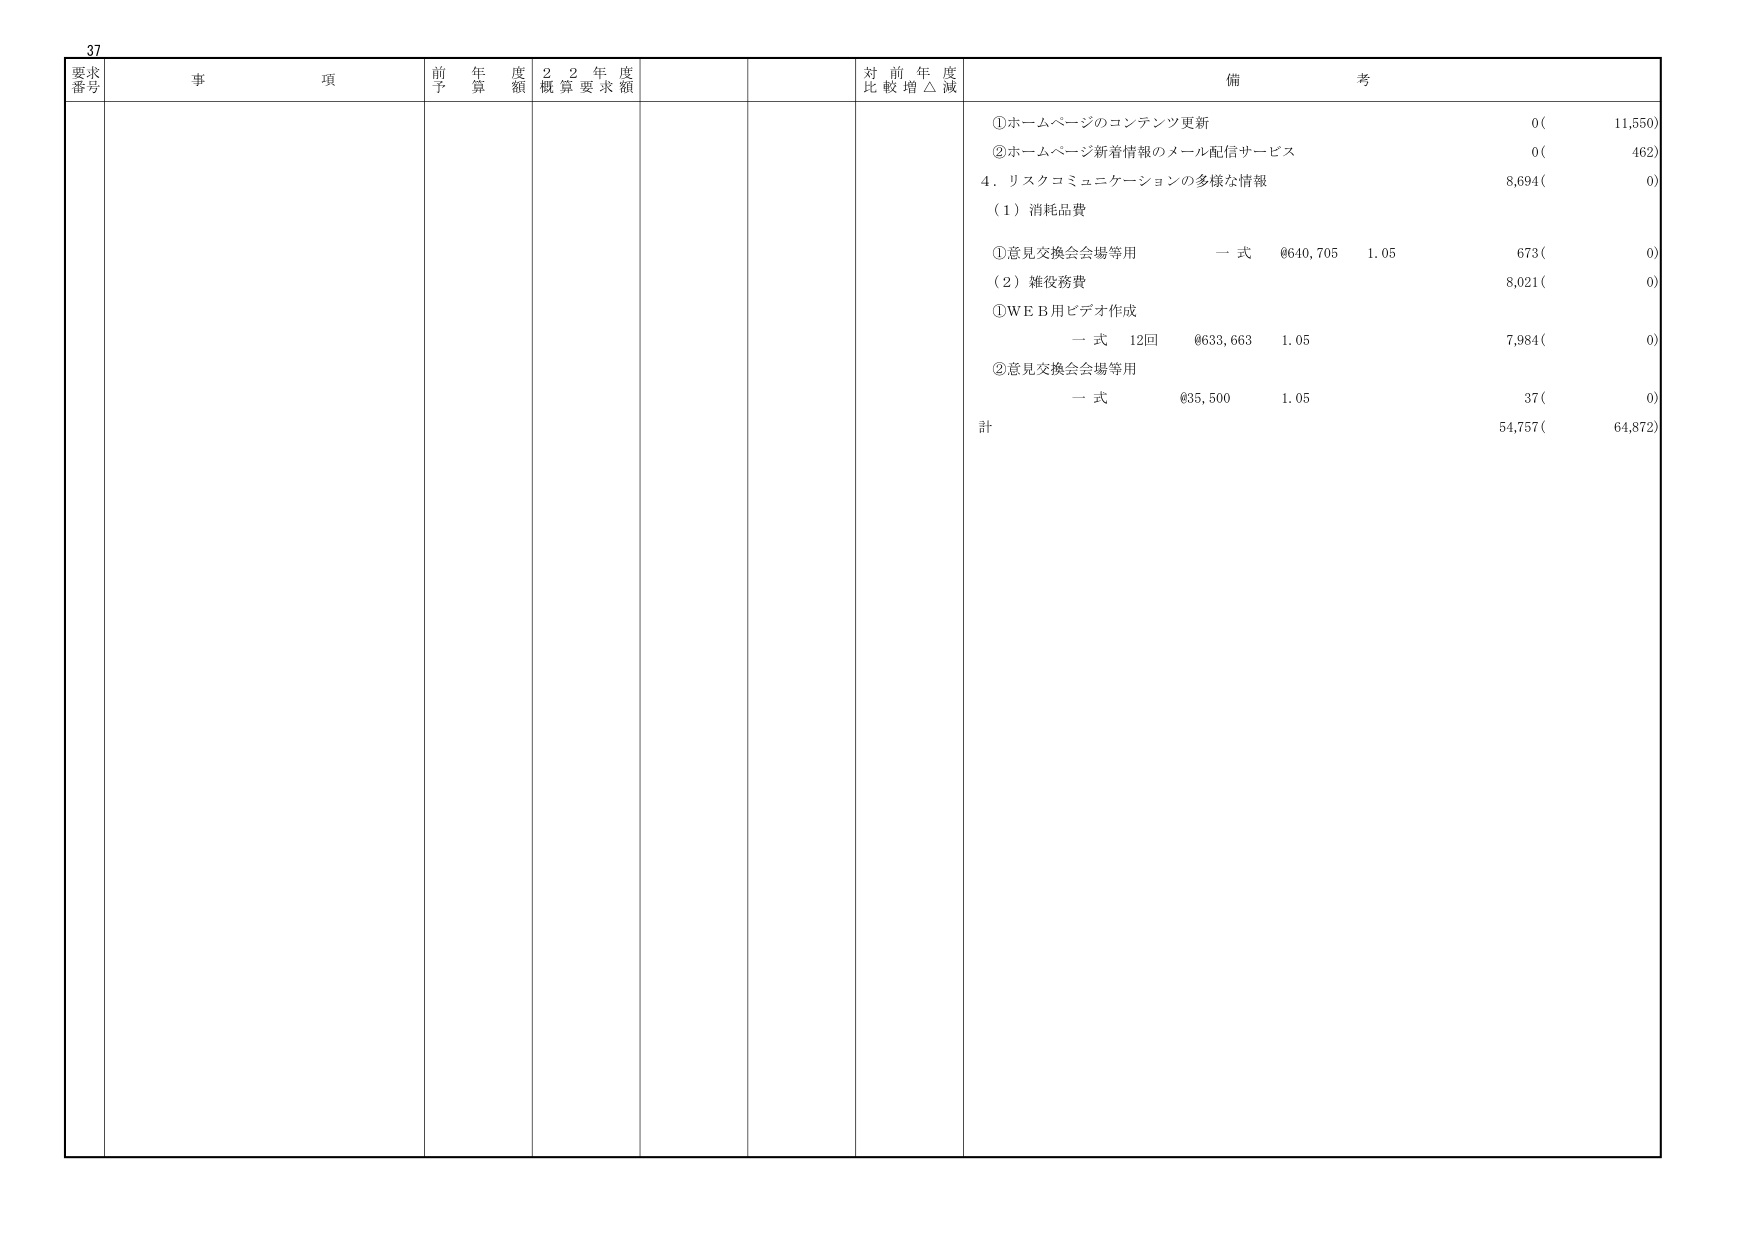
37
要求番号
事項
前年度予算額
22年度概算要求額
対前年度比較増△減
備考
①ホームページのコンテンツ更新
0(11,550)
②ホームページ新着情報のメール配信サービス
0(462)
4．リスクコミュニケーションの多様な情報
8,694(0)
（1）消耗品費
①意見交換会会場等用
一式
¥640,705
1.05
673(0)
（2）雑役務費
8,021(0)
①ＷＥＢ用ビデオ作成
一式
12回
¥633,663
1.05
7,984(0)
②意見交換会会場等用
一式
¥35,500
1.05
37(0)
計
54,757(64,872)